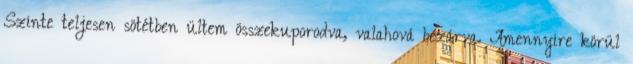
Szinte teljesen sötétben ültem összekuporodva, valahová bezárva. Amennyire körül